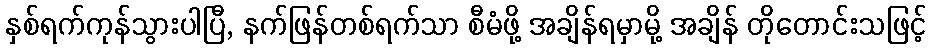
နှစ်ရက်ကုန်သွားပါပြီ, နက်ဖြန်တစ်ရက်သာ စီမံဖို့ အချိန်ရမှာမို့ အချိန် တိုတောင်းသဖြင့်